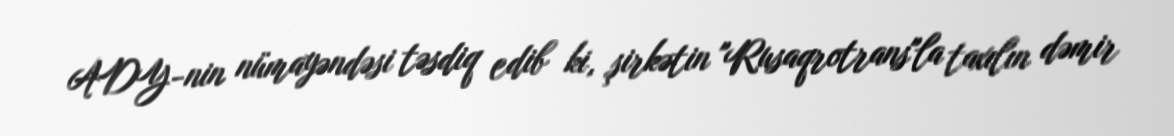
ADY-nin nümayəndəsi təsdiq edib ki, şirkətin "Rusaqrotrans"la taxılın dəmir